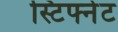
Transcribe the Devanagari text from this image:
स्टिफ्नेट